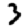
Digit: 3